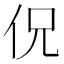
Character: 㑆